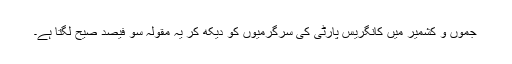
جموں و کشمیر میں کانگریس پارٹی کی سرگرمیوں کو دیکھ کر یہ مقولہ سو فیصد صیح لگتا ہے۔